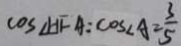
\cos \angle H F A = \cos \angle A = \frac { 3 } { 5 }